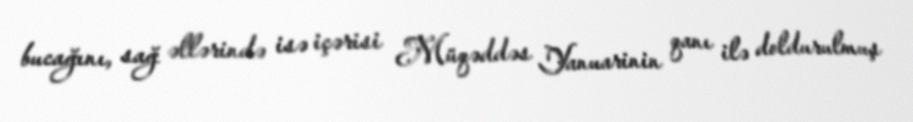
bucağını, sağ əllərində isə içərisi Müqəddəs Yanuarinin qanı ilə doldurulmuş